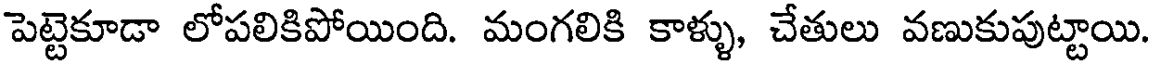
పెట్టెకూడా లోపలికిపోయింది. మంగలికి కాళ్ళు, చేతులు వణుకుపుట్టాయి.